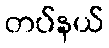
တပ်နယ်